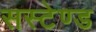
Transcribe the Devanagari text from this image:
सस्टेण्ड